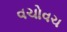
વચોવચ